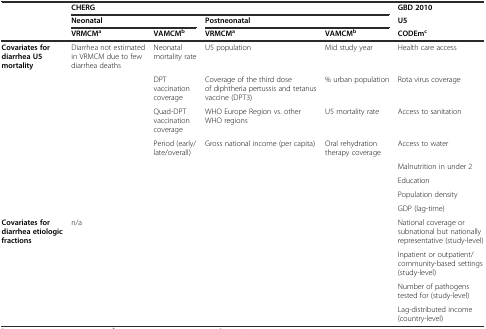
<table><thead><tr><td></td><td colspan="4"><b>CHERG</b></td><td><b>GBD 2010</b></td></tr><tr><td></td><td colspan="2"><b>Neonatal</b></td><td colspan="2"><b>Postneonatal</b></td><td><b>U5</b></td></tr><tr><td></td><td><b>VRMCM<sup>a</sup></b></td><td><b>VAMCM<sup>b</sup></b></td><td><b>VRMCM<sup>a</sup></b></td><td><b>VAMCM<sup>b</sup></b></td><td><b>CODEm<sup>c</sup></b></td></tr></thead><tbody><tr><td><b>Covariates for diarrhea U5 mortality</b></td><td>Diarrhea not estimated in VRMCM due to few diarrhea deaths</td><td>Neonatal mortality rate</td><td>U5 population</td><td>Mid study year</td><td>Health care access</td></tr><tr><td></td><td></td><td>DPT vaccination coverage</td><td>Coverage of the third dose of diphtheria pertussis and tetanus vaccine (DPT3)</td><td>% urban population</td><td>Rota virus coverage</td></tr><tr><td></td><td></td><td>Quad-DPT vaccination coverage</td><td>WHO Europe Region vs. other WHO regions</td><td>U5 mortality rate</td><td>Access to sanitation</td></tr><tr><td></td><td></td><td>Period (early/late/overall)</td><td>Gross national income (per capita)</td><td>Oral rehydration therapy coverage</td><td>Access to water</td></tr><tr><td></td><td></td><td></td><td></td><td></td><td>Malnutrition in under 2</td></tr><tr><td></td><td></td><td></td><td></td><td></td><td>Education</td></tr><tr><td></td><td></td><td></td><td></td><td></td><td>Population density</td></tr><tr><td></td><td></td><td></td><td></td><td></td><td>GDP (lag-time)</td></tr><tr><td><b>Covariates for diarrhea etiologic fractions</b></td><td colspan="4">n/a</td><td>National coverage or subnational but nationally representative (study-level)</td></tr><tr><td></td><td></td><td></td><td></td><td></td><td>Inpatient or outpatient/community-based settings (study-level)</td></tr><tr><td></td><td></td><td></td><td></td><td></td><td>Number of pathogens tested for (study-level)</td></tr><tr><td></td><td></td><td></td><td></td><td></td><td>Lag-distributed income (country-level)</td></tr></tbody></table>